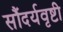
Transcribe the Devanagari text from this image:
सौंदर्यवृष्टी